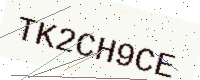
Text: TK2CH9CE